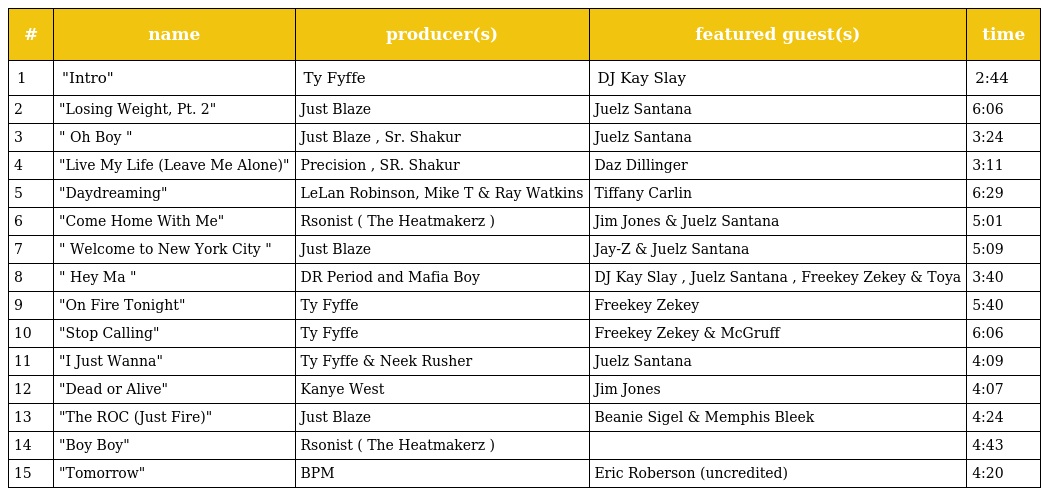
| # | name | producer(s) | featured guest(s) | time |
 | --- | --- | --- | --- | --- |
 | 1 | "Intro" | Ty Fyffe | DJ Kay Slay | 2:44 |
 | 2 | "Losing Weight, Pt. 2" | Just Blaze | Juelz Santana | 6:06 |
 | 3 | " Oh Boy " | Just Blaze , Sr. Shakur | Juelz Santana | 3:24 |
 | 4 | "Live My Life (Leave Me Alone)" | Precision , SR. Shakur | Daz Dillinger | 3:11 |
 | 5 | "Daydreaming" | LeLan Robinson, Mike T & Ray Watkins | Tiffany Carlin | 6:29 |
 | 6 | "Come Home With Me" | Rsonist ( The Heatmakerz ) | Jim Jones & Juelz Santana | 5:01 |
 | 7 | " Welcome to New York City " | Just Blaze | Jay-Z & Juelz Santana | 5:09 |
 | 8 | " Hey Ma " | DR Period and Mafia Boy | DJ Kay Slay , Juelz Santana , Freekey Zekey & Toya | 3:40 |
 | 9 | "On Fire Tonight" | Ty Fyffe | Freekey Zekey | 5:40 |
 | 10 | "Stop Calling" | Ty Fyffe | Freekey Zekey & McGruff | 6:06 |
 | 11 | "I Just Wanna" | Ty Fyffe & Neek Rusher | Juelz Santana | 4:09 |
 | 12 | "Dead or Alive" | Kanye West | Jim Jones | 4:07 |
 | 13 | "The ROC (Just Fire)" | Just Blaze | Beanie Sigel & Memphis Bleek | 4:24 |
 | 14 | "Boy Boy" | Rsonist ( The Heatmakerz ) |  | 4:43 |
 | 15 | "Tomorrow" | BPM | Eric Roberson (uncredited) | 4:20 |